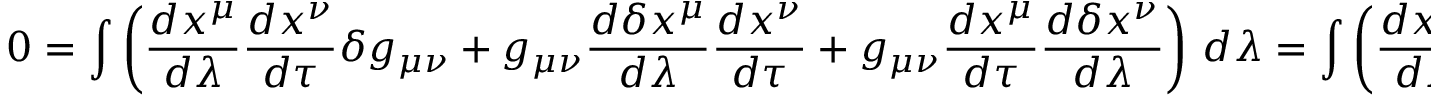
0 = \int \left( { \frac { d x ^ { \mu } } { d \lambda } } { \frac { d x ^ { \nu } } { d \tau } } \delta g _ { \mu \nu } + g _ { \mu \nu } { \frac { d \delta x ^ { \mu } } { d \lambda } } { \frac { d x ^ { \nu } } { d \tau } } + g _ { \mu \nu } { \frac { d x ^ { \mu } } { d \tau } } { \frac { d \delta x ^ { \nu } } { d \lambda } } \right) \, d \lambda = \int \left( { \frac { d x ^ { \mu } } { d \lambda } } { \frac { d x ^ { \nu } } { d \tau } } \partial _ { \alpha } g _ { \mu \nu } \delta x ^ { \alpha } + 2 g _ { \mu \nu } { \frac { d \delta x ^ { \mu } } { d \lambda } } { \frac { d x ^ { \nu } } { d \tau } } \right) \, d \lambda